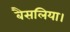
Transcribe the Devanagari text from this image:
बैसलिया।